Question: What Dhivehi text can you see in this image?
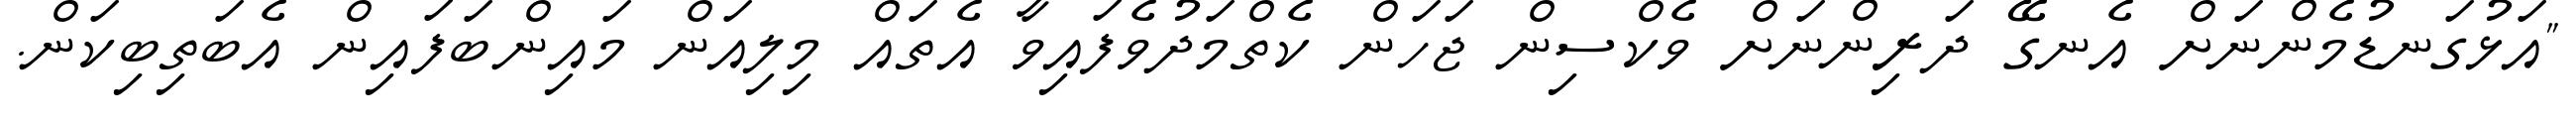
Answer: "އަޅުގަނޑުމެންނަށް އެނގޭ ދަރިންނަށް ވެކްސިން ޖަހަން ކެތްމަދުވެފައިވާ އެތައް މިލިއަން މައިންބަފައިން އެބަތިބިކަން.